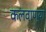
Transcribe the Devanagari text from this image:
कलवाण्या